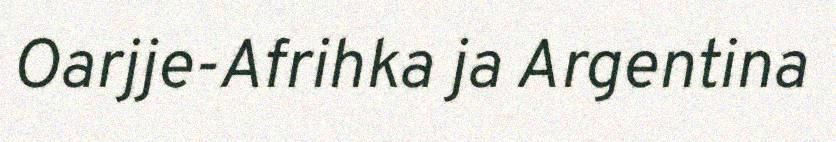
Oarjje-Afrihka ja Argentina